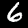
Label: 6